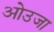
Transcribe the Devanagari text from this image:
ओउजा